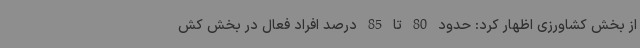
از بخش کشاورزی اظهار کرد: حدود 80 تا 85 درصد افراد فعال در بخش کش